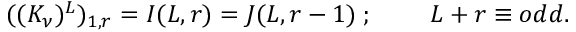
( ( K _ { \nu } ) ^ { L } ) _ { 1 , r } = I ( L , r ) = J ( L , r - 1 ) \; ; \; \; \; \; \; \; \; \; L + r \equiv o d d .